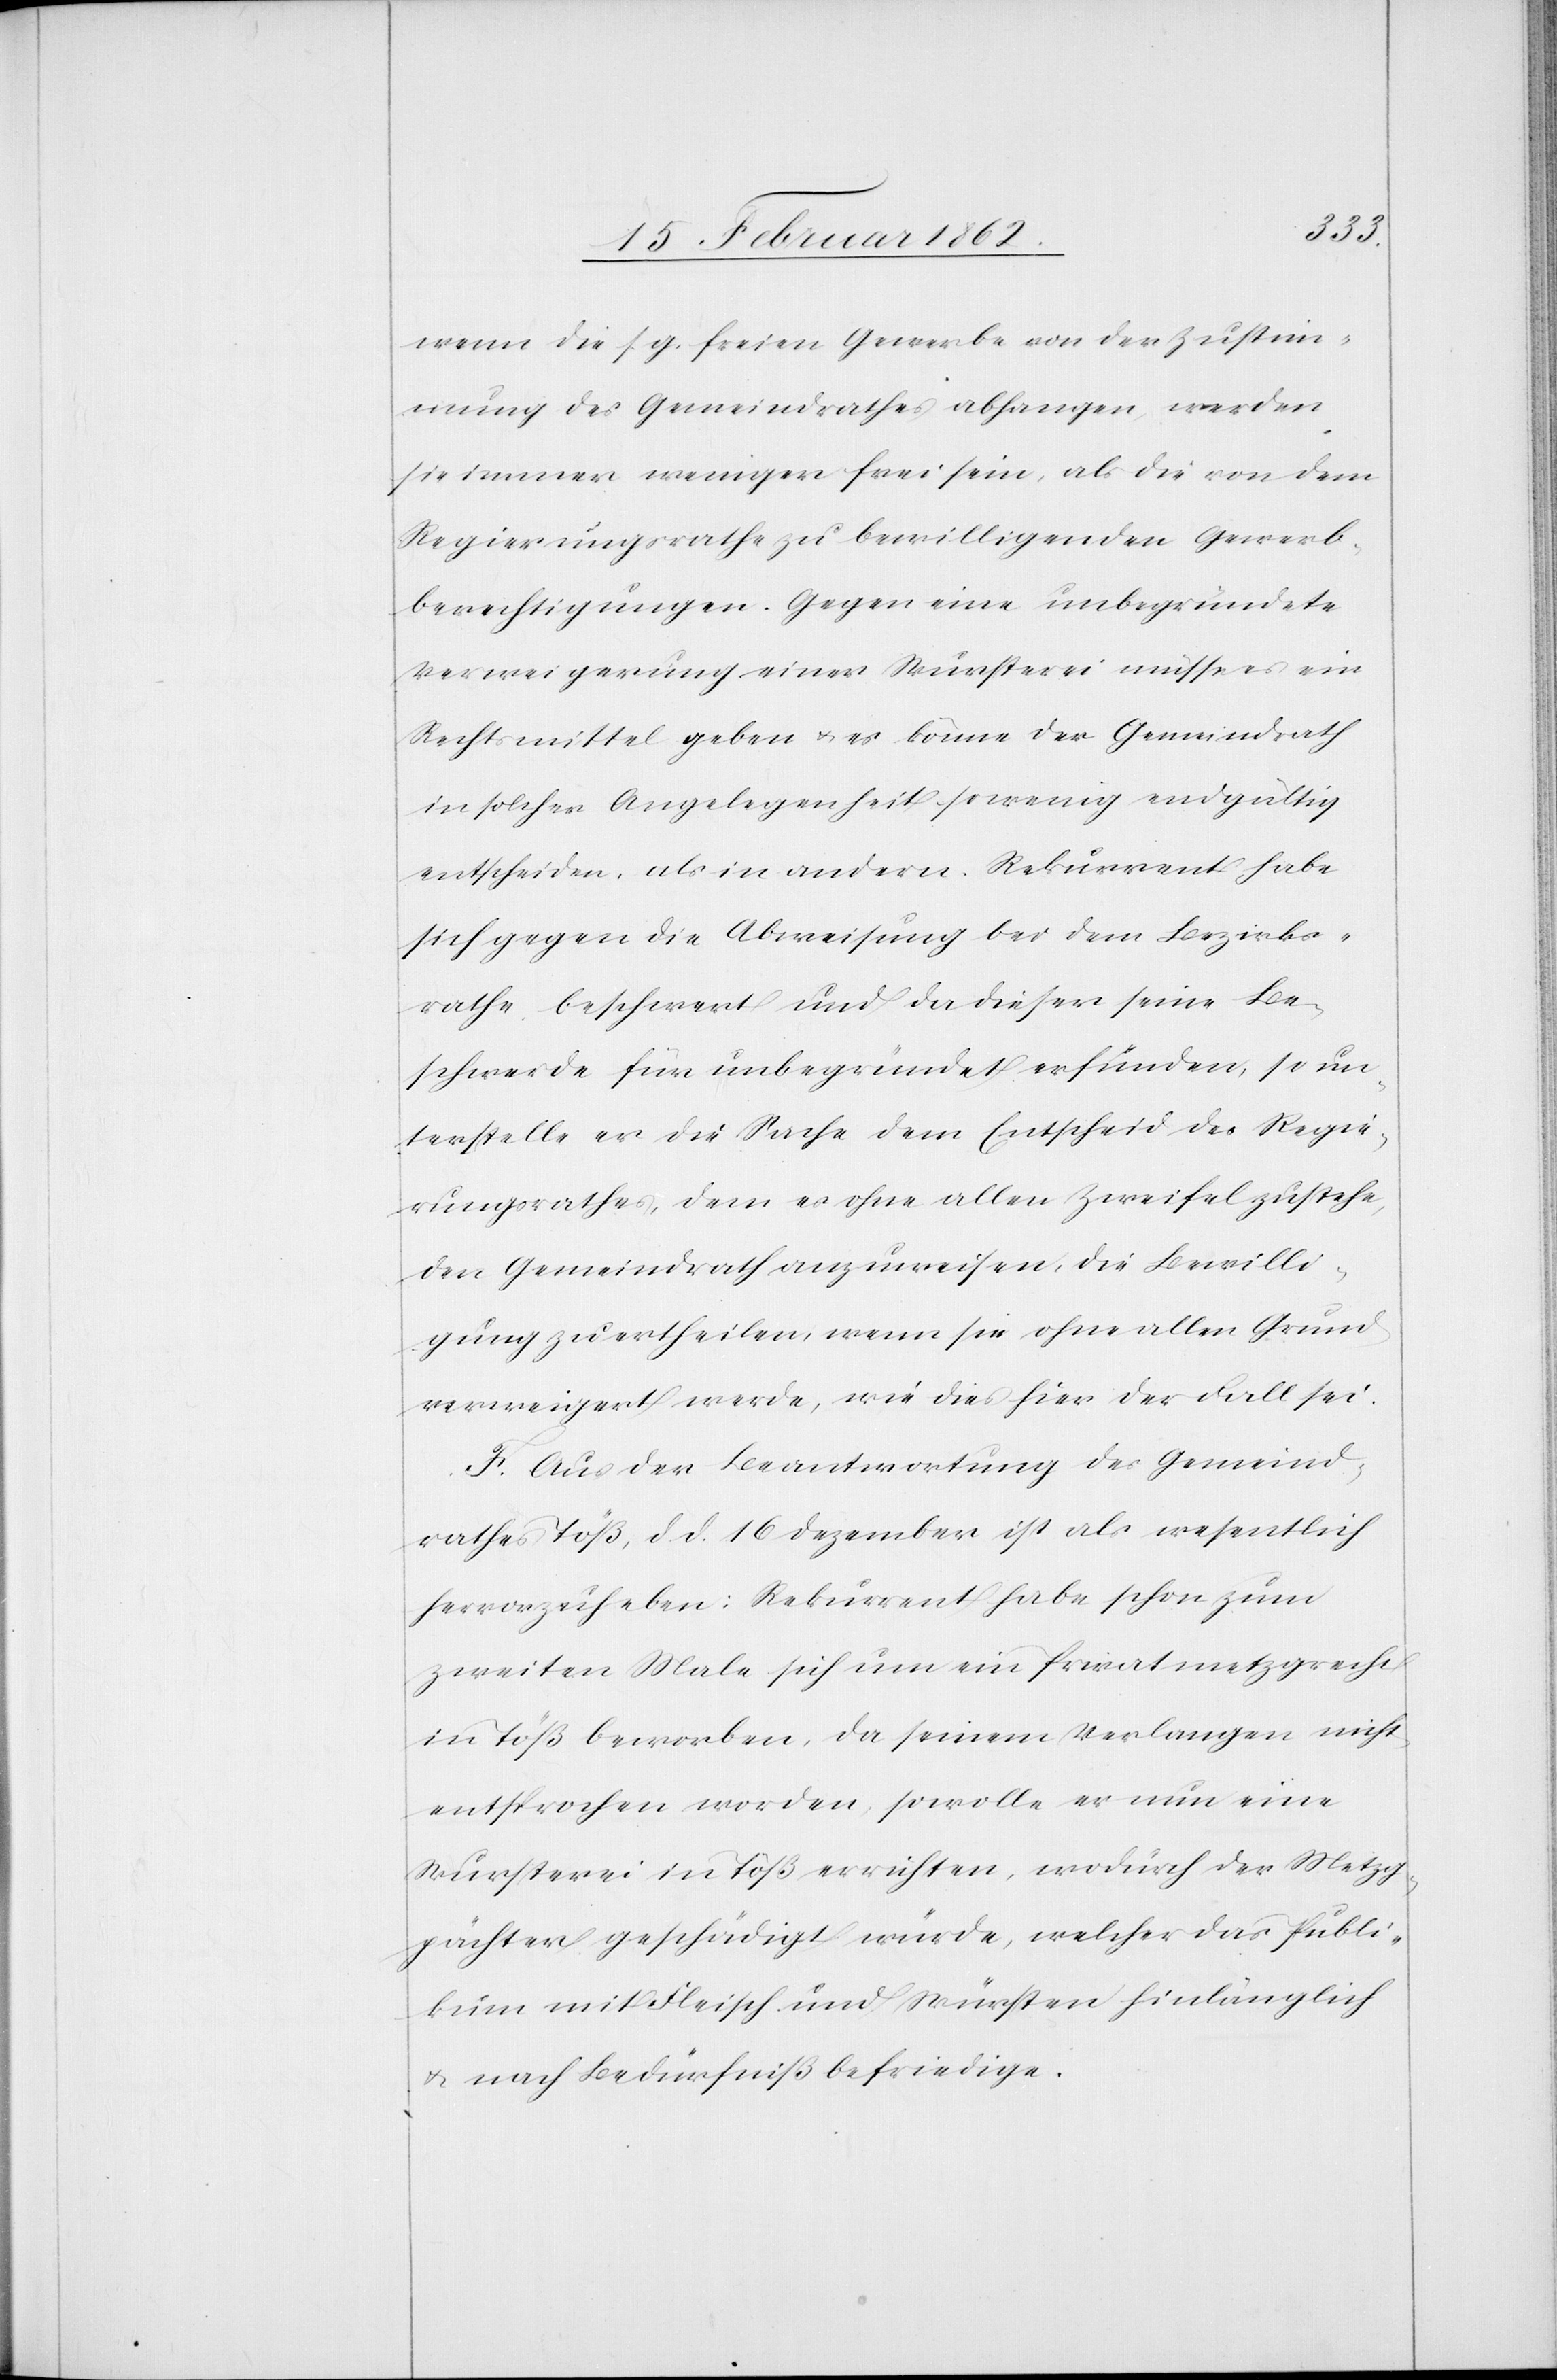
wenn die s. g. freien Gewerbe von der Zustim¬
mung des Gemeindrathes abhangen, werden
sie immer weniger frei sein, als die von dem
Regierungsrathe zu bewilligenden Gewerb¬
berechtigungen. Gegen eine unbegründete
Verweigerung einer Wursterei müsse es ein
Rechtsmittel geben u. es könne der Gemeindrath
in solcher Angelegenheit so wenig endgültig
entscheiden, als in andern. Rekurrent habe
sich gegen die Abweisung bei dem Bezirks¬
rathe beschwert und da dieser seine Be¬
schwerde für unbegründet erfunden, so un¬
terstelle er die Sache dem Entscheid des Regie¬
rungsrathes, dem es ohne allen Zweifel zustehe,
den Gemeindrath anzuweisen, die Bewilli¬
gung zu ertheilen, wenn sie ohne allen Grund
verweigert werde, wie dies hier der Fall sei.
F. Aus der Beantwortung des Gemeind¬
rathes Töß, d. d. 16 Dezember ist als wesentlich
hervorzuheben: Rekurrent habe schon zum
zweiten Male sich um ein Privatmetzgrecht
in Töß beworben, da seinem Verlangen nicht
entsprochen worden, so wolle er nun eine
Wursterei in Töß errichten, wodurch der Metzg¬
pächter geschädigt würde, welcher das Publi¬
kum mit Fleisch und Würsten hinlänglich
u. nach Bedürfniß befriedige.